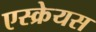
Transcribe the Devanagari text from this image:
एस्क्रेयस